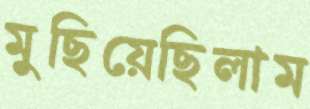
মুছিয়েছিলাম